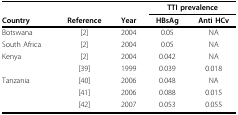
|  |  |  | <COLSPAN=2> TTI prevalence |
 | Country | Reference | Year | HBsAg | Anti HCv |
 | --- | --- | --- | --- | --- |
 | Botswana | [2] | 2004 | 0.05 | NA |
 | South Africa | [2] | 2004 | 0.05 | NA |
 | Kenya | [2] | 2004 | 0.042 | NA |
 |  | [39] | 1999 | 0.039 | 0.018 |
 | Tanzania | [40] | 2006 | 0.048 | NA |
 |  | [41] | 2006 | 0.088 | 0.015 |
 |  | [42] | 2007 | 0.053 | 0.055 |